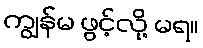
ကျွန်မ ဖွင့်လို့ မရ။